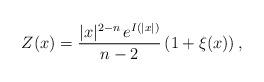
LaTeX: \begin{align*}Z(x)=\frac{|x|^{2-n}\,e^{I(|x|)}}{n-2}\left(1+\xi(x)\right),\end{align*}